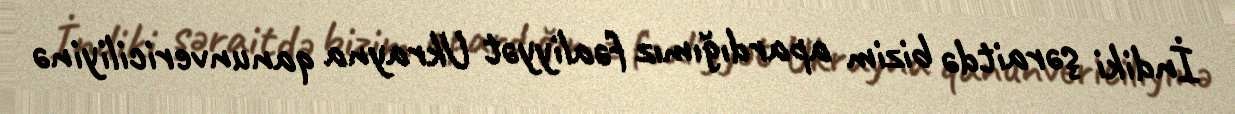
İndiki şəraitdə bizim apardığımız fəaliyyət Ukrayna qanunvericiliyinə